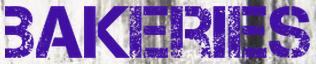
BAKERIES